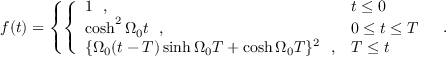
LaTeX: f ( t ) = \left\{ \left\{ \begin{array} { l l } { { 1 \hfill \ \ , } } & { { t \leq 0 } } \\ { { \cosh ^ { 2 } \Omega _ { 0 } t \hfill \ \ , } } & { { 0 \leq t \leq T } } \\ { { \{ \Omega _ { 0 } ( t - T ) \sinh \Omega _ { 0 } T + \cosh \Omega _ { 0 } T \} ^ { 2 } \hfill \ \ , } } & { { T \leq t } } \end{array} \right. \right. \ \ .